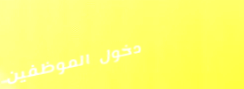
دخول الموظفين